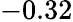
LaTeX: -0.32